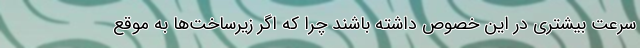
سرعت بیشتری در این خصوص داشته باشند چرا که اگر زیرساخت‌ها به موقع